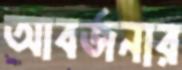
আবর্জনার